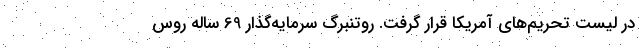
در لیست تحریم‌های آمریکا قرار گرفت. روتنبرگ سرمایه‌گذار 69 ساله روس